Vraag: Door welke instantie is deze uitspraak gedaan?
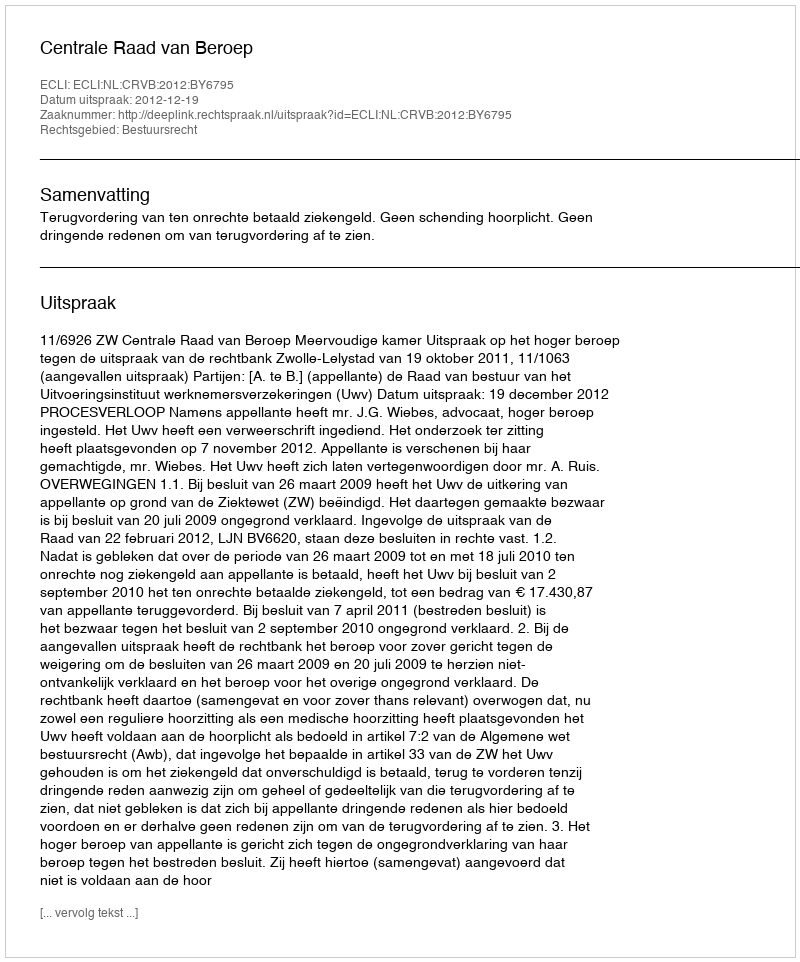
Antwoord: Centrale Raad van Beroep